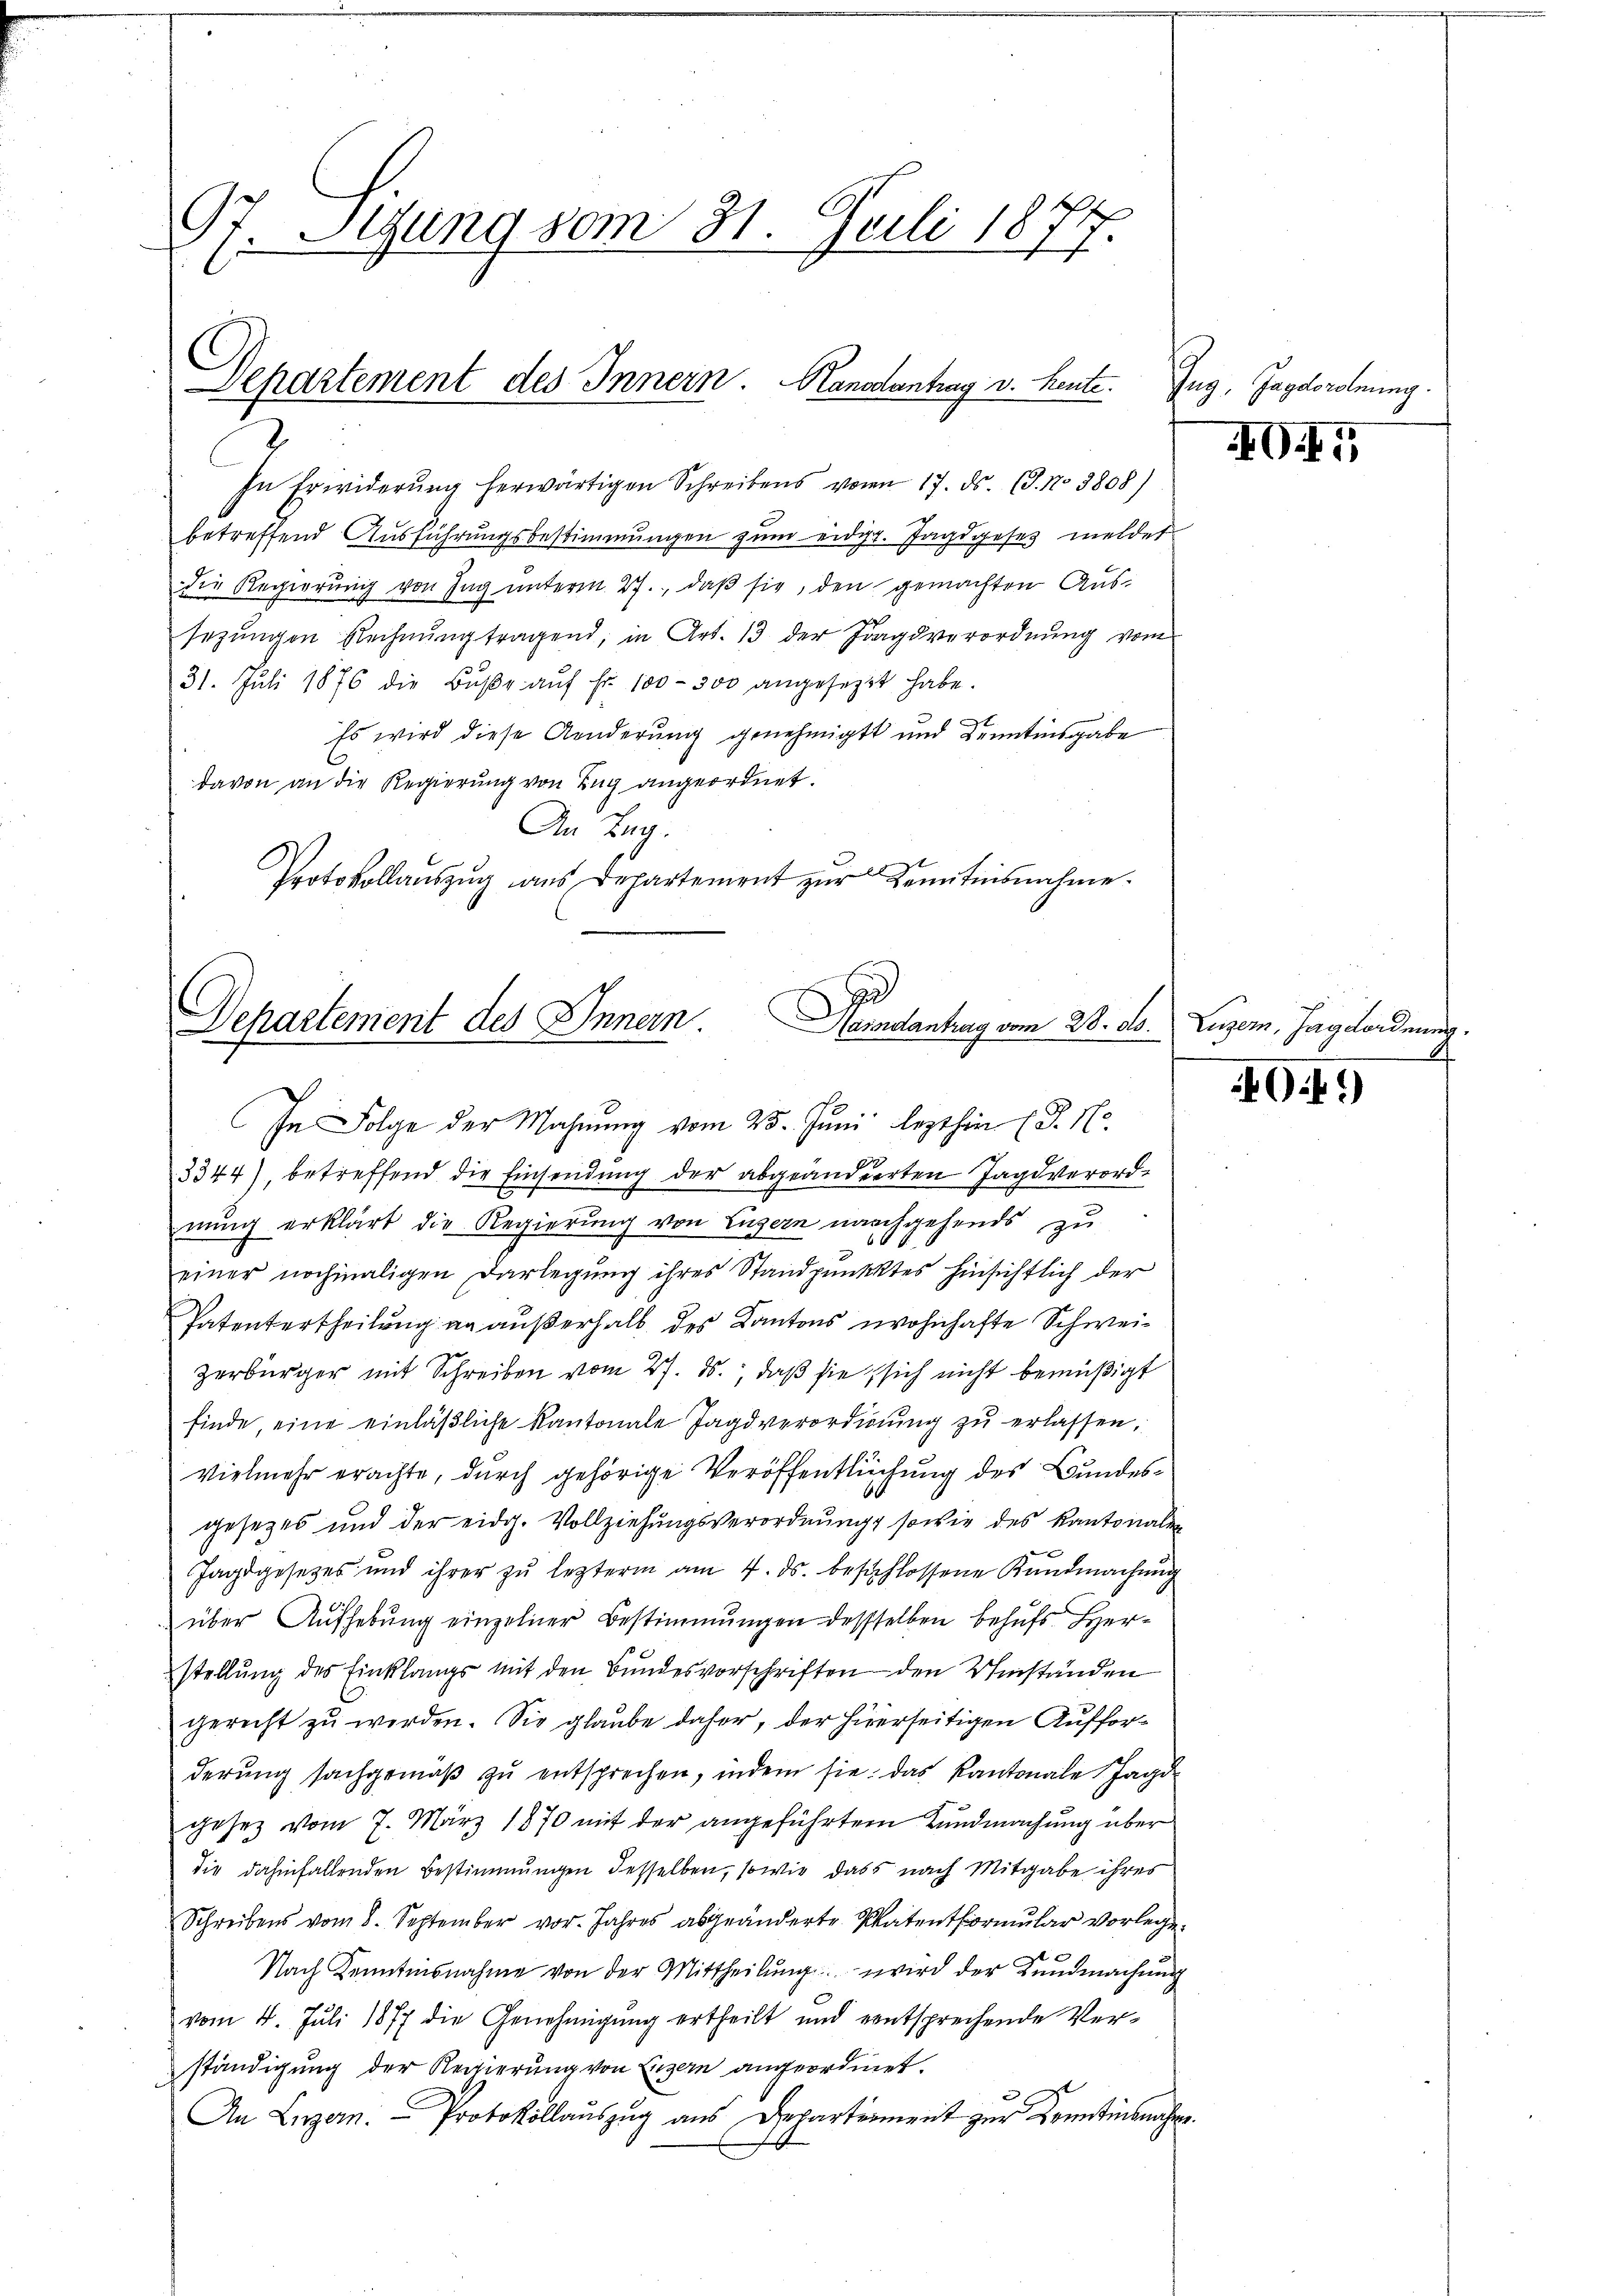
97. Sigung vom 31. Juli 1871

Separtement des Innern. Handantrag v. heute.

In Erwiderung herwärtigen Schreibens von 17. ds. (T. No 3808)
betreffend Ausführungsbestimmungen zum eidg. Jagdgesetz meldet
die Regierŭng von Tag unterm 27. daβ sie, den gemachten Aussezŭngen Rechnŭng tragend, in Art. 13 der Fragsverordnŭng vom
31. Jŭli 1876 die Bŭβe aŭf fr. 100-300 angesetzt habe.
Es wird diese Aenderung genehmigt und Kenntinsgabe
davon an die Regierung von Zug angeordnet.
An Tag.
Protokollaŭszŭg aŭs Departement zŭr Kenntnisnahme.

Namentrag vom 21. d.
Departement des Innern
In Folge der Mahnŭng vom 25. Juni lezthin (T. N.

3344), betreffend die Einsendung der abgeänderrten Jagd verord-
nung erklärt die Regierung von Luzern nachgehends zu
einer nochmaligen Darlegung ihres Standpunktes hinsichtlich der
Patentertheilung an außerhalb des Kantons wohnhafte Schweizerbürger mit Schreiben vom 27. ds. daß sie sich nicht bemüßigt
finde, eine einläßliche Kantonale Jagd verordnung zu erlassen,
vielmehr erachte, durch gehörige Veröffentlichung des Bundesgesezes und der eidg. Vollziehungsverordnung, sowie des Kantonalen
Jagdgesetzes und ihrer zŭ lezterm am 4. ds. beschlossene Kundmachung
über Aufhebung einzelner Bestimmungen dessselben behufs Herstellung des Einklangs mit den Bundesvorschriften den Umständen
gerecht zŭ werden. Sie glaŭbe daher, der hierseitigen Aufforderŭng sachgemäβ zŭ entsprechen, indem sie das Kantonale Jagd
gesetz vom 7. März 1870 mit der angeführter Kundmachung über
die dahinfallenden Bestimmungen desselben, sowie dass nach Mitgabe ihres
Schreibens vom 8. September vor. Jahres abgeänderte Patentformŭlar vorlege.
Nach Kenntnisnahme von der Mittheilŭng wird der Kundmachung
vom 4. Juli 1877 die Genehmigŭng ertheilt und entsprechende Ver-
ständigung der Regierung von Einzern angeordnet.
An Luzern. Protokollaŭszŭg aŭs Departement zŭr Kenntinsnahme.

Zug, Jagdordnung.

O

Luzern, Jagdordnung

949)